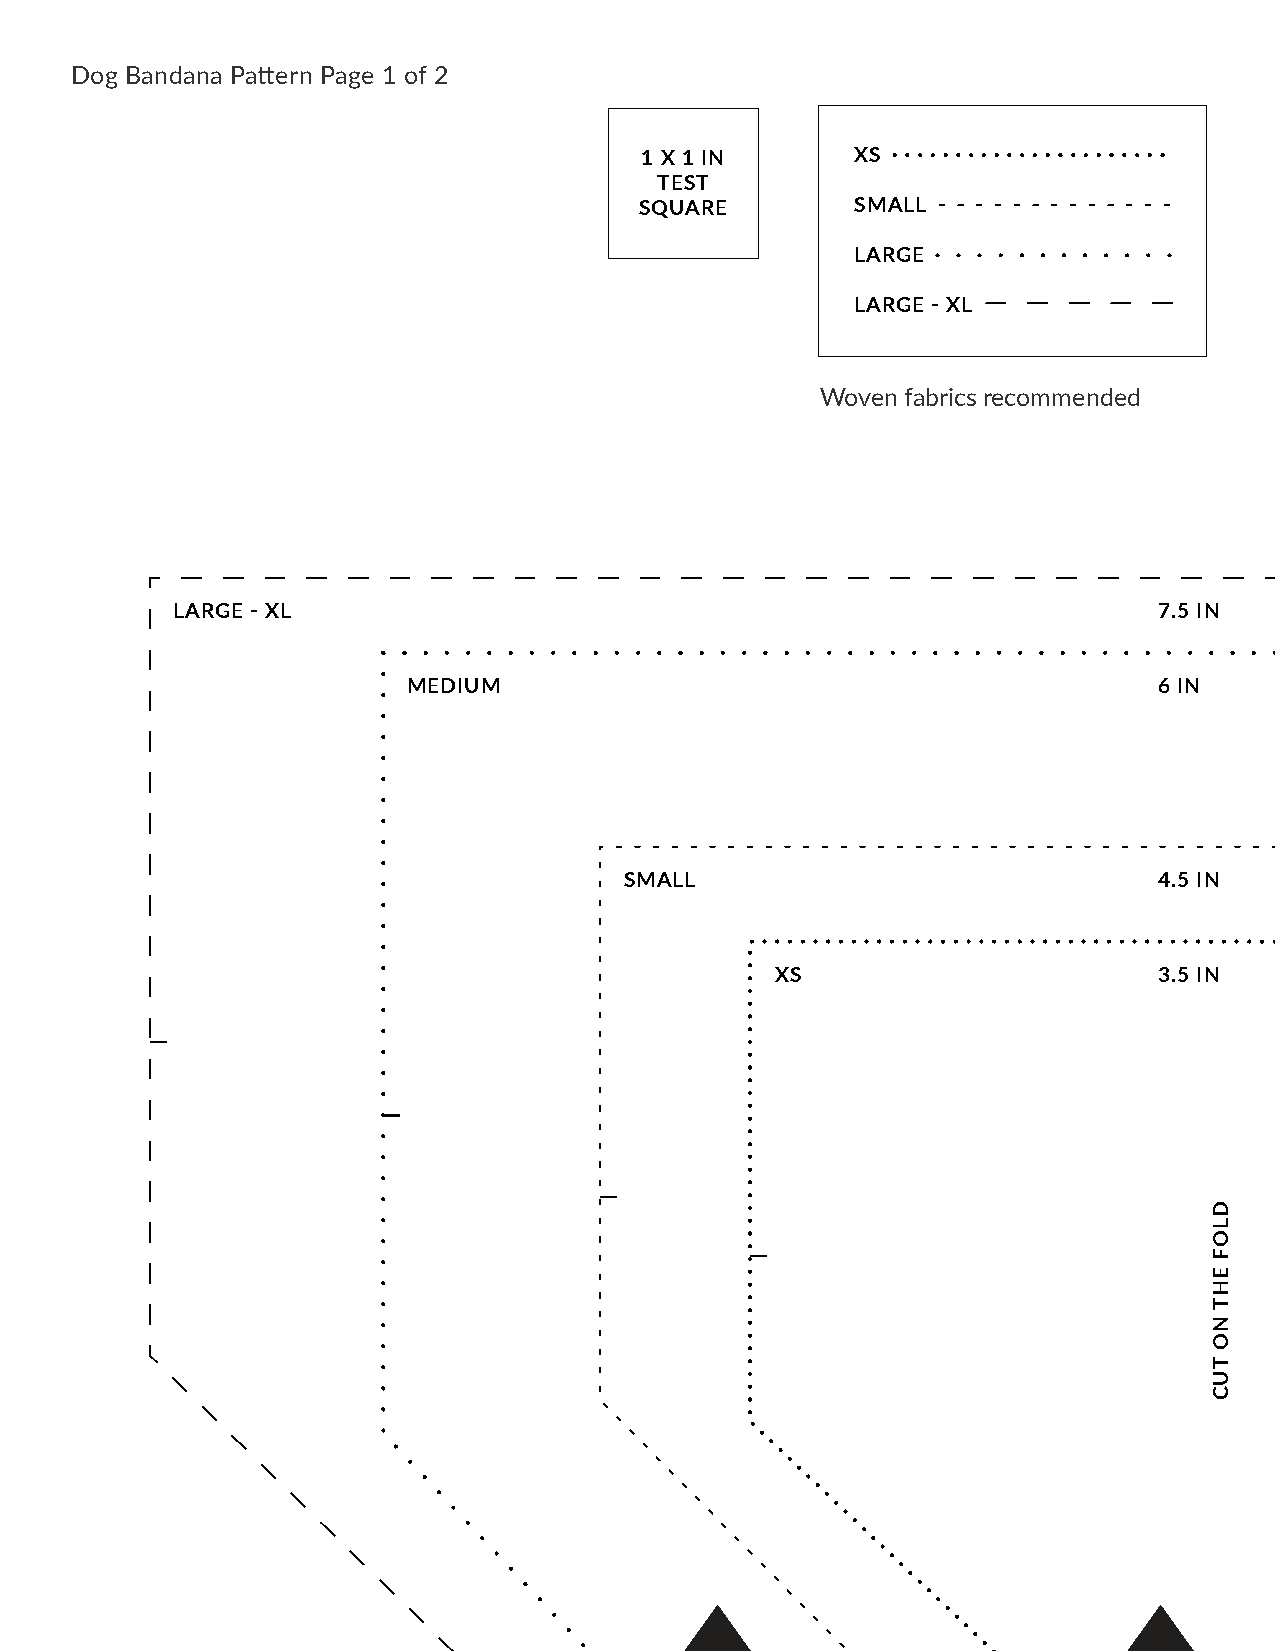
Dog Bandana Pattern Page 1 of 2
 1 X 1 IN       XS
 TEST
 SQUARE         SMALL
 LARGE
 LARGE - XL
 Woven fabrics recommended
 LARGE - XL                                                        7.5 IN
 MEDIUM                                            6 IN
 SMALL                               4.5 IN
 XS                        3.5 IN
 DLOF
 EHT
 NO
 TUC